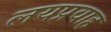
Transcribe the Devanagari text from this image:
लयप्रवाह